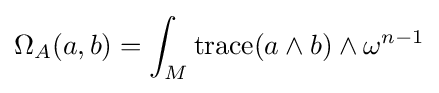
\Omega _{A}(a,b)=\int _{M}{\text{trace}}(a\wedge b)\wedge \omega ^{n-1}